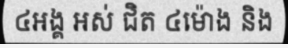
៤អង្គ អស់ ជិត ៤ម៉ោង និង